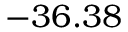
- 3 6 . 3 8 \